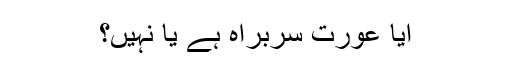
آیا عورت سربراہ ہے یا نہیں؟